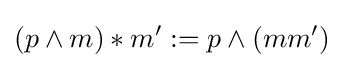
(p\wedge m)*m':=p\wedge (mm')